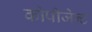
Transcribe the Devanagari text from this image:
कोपीजेन्ट